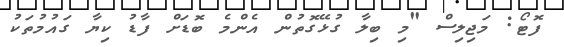
ފޮޓޯ: މަޖިލިސް "މި ބިލާ ގުޅޭގޮތުން އެންމެ ބޮޑަށް ފާޑު ކިޔާ ގައުމުތަކު